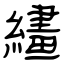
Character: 繣